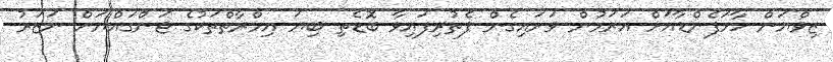
ޒިވްޔަން ހާމަފެންޑާއަށް އަރަމުން ވަށައިގެން ފެތުރިފައިވާ ބޮޑެތި ބިޔަ އިމްރާތްތަކުގެ ޖަންގައްޔަށް ނަޒަރު